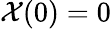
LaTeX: \mathcal{X}(0)=0